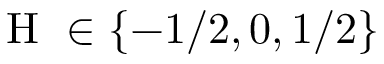
\mathrm { ~ H ~ } \in \{ - 1 / 2 , 0 , 1 / 2 \}